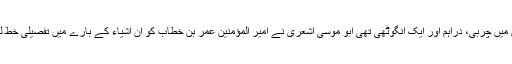
جس میں چربی، دراہم اور ایک انگوٹھی تھی ابو موسیٰ اشعری نے امیر المؤمنین عمر بن خطاب کو ان اشیاء کے بارے میں تفصیلی خط لکھا۔